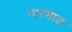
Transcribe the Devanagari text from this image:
गारमाळ